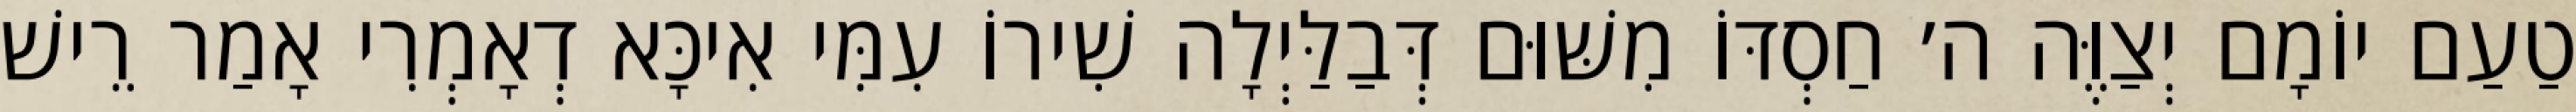
טַעַם יוֹמָם יְצַוֶּה ה׳ חַסְדּוֹ מִשּׁוּם דְּבַלַּיְלָה שִׁירוֹ עִמִּי אִיכָּא דְאָמְרִי אָמַר רֵישׁ